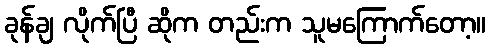
ခုန်ချ လိုက်ပြီ ဆိုက တည်းက သူမကြောက်တော့။